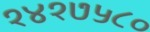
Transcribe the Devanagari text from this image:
१४१७५८०